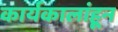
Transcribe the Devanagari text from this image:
कार्यकालांहून